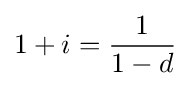
1+i={\frac {1}{1-d}}